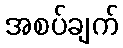
အစပ်ချက်